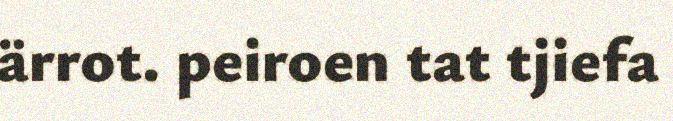
ärrot. peiroen tat tjiefa